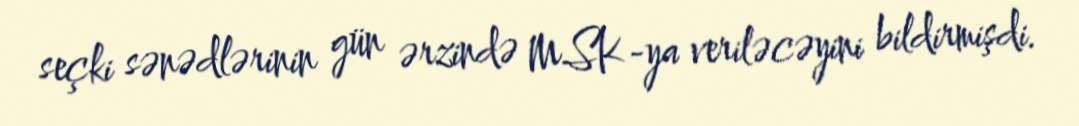
seçki sənədlərinin gün ərzində MSK-ya veriləcəyini bildirmişdi.